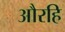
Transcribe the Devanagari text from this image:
औरहि